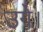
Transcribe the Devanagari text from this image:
उगे।